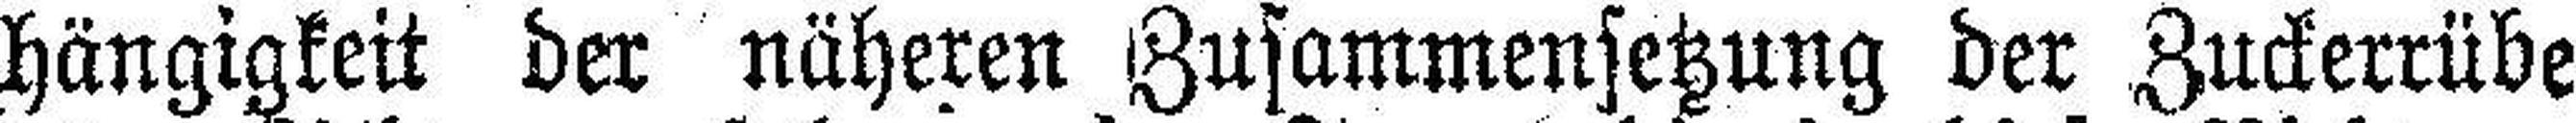
hängigkeit der näheren Zusammensetzung der Zuckerrübe